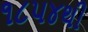
૧૮૫૪થી